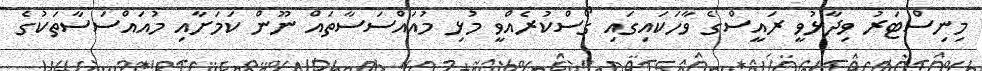
މިނިސްޓަރު ވިދާޅުވީ ރައީސްގެ ވާހަކައިގައި ގޯސްކުރެއްވީ މުޅި މުއައްސަސާތައް ނޫން ކަމަށާއި މުއައްސަސާތަކުގެ